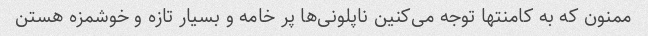
ممنون که به کامنتها توجه می‌کنین ناپلونی‌ها پر خامه و بسیار تازه و خوشمزه هستن